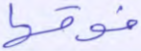
فوقها